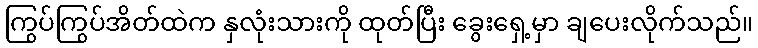
ကြွပ်ကြွပ်အိတ်ထဲက နှလုံးသားကို ထုတ်ပြီး ခွေးရှေ့မှာ ချပေးလိုက်သည်။